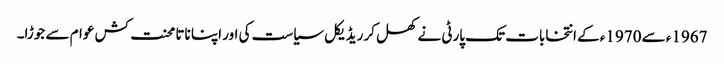
1967ء سے 1970ء کے انتخابات تک پارٹی نے کھل کر ریڈیکل سیاست کی اور اپنا ناتا محنت کش عوام سے جوڑا۔